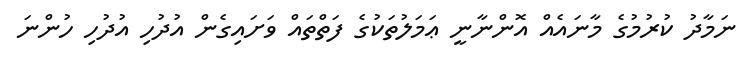
ނަމާދު ކުރުމުގެ މާނައެއް އޮންނާނީ ޢަމަލުތަކުގެ ފަތްތައް ވަށައިގެން އުދުހި އުދުހި ހުންނަ